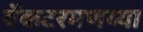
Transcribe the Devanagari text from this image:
वेंकटरमणय्या